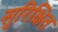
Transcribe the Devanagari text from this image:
सुरिक्षित